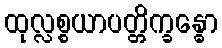
ထုလ္လစ္စယာပတ္တိက္ခန္ဓော